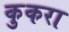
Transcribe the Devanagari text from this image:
कुकरा